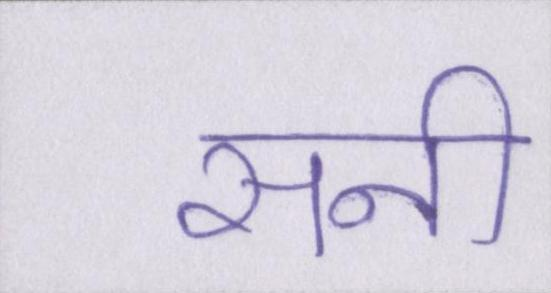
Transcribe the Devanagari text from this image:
सनी